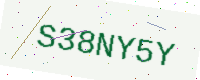
Text: S38NY5Y